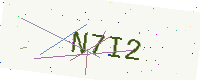
Text: N7I2